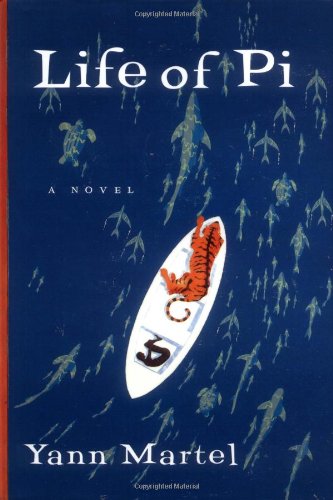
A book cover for Life of Pi; Yann Martel; Literature & Fiction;